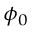
\scriptstyle \phi _ { 0 }